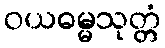
ဝယဓမ္မသုတ္တံ